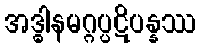
အဒ္ဓါနမဂ္ဂပ္ပဋိပန္နဿ